Vaccination report Assam 1896-1927 - 1896-1927
Year: 1896
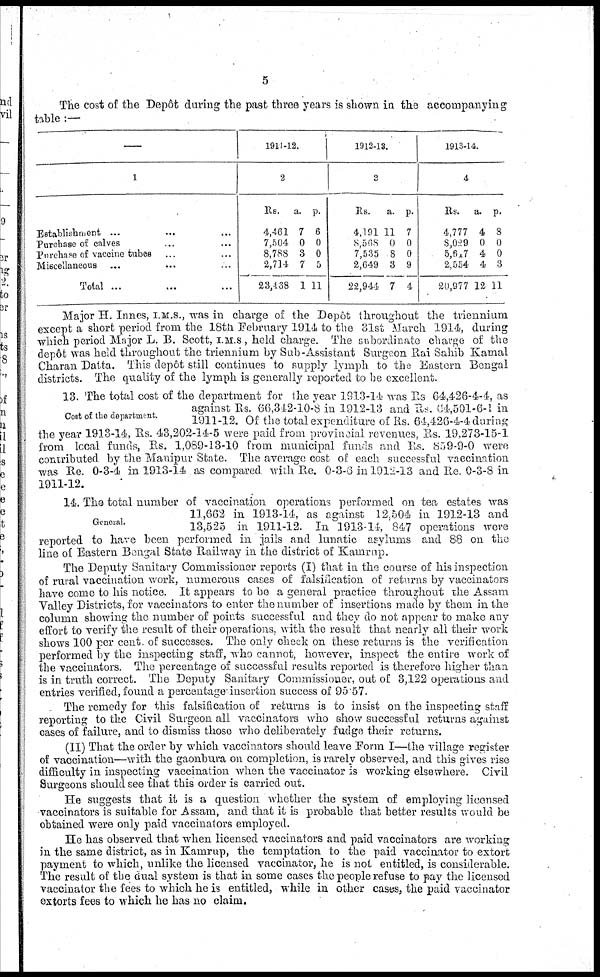
5
The cost of the Depôt during the past three years is shown in the accompanying
table :—
—
1
Establishment ...
... ...
Purchase of calves ... ...
Purchase of vaccine tubes ... ...
Miscellaneous ... ... ...
Total ... ... ...
1911-12.
2
Rs.
4,461
7,504
8,788
2,714
23,468
a.
7
0
3
7
1
p.
6
0
0
5
11
1912-13.
3
Rs.
4,191
8,568
7,535
2,649
22,944
a.
11
0
8
3
7
p.
7
0
0
9
4
1913-14.
4
Rs.
4,777
8,029
5,617
2,554
20,977
a.
4
0
4
4
12
p.
8
0
0
3
11
Major H. Innes, I.M.S., was in charge of the Depôt throughout the triennium
except a short period from the 18th February 1914 to the 31st March 1914, during
which period Major L. B. Scott, I.M.S., held charge. The subordinate charge of the
depôt was held throughout the triennium by Sub-Assistant Surgeon Rai Sahib Kamal
Charan Datta. This depôt still continues to supply lymph to the Eastern Bengal
districts. The quality of the lymph is generally reported to be excellent.
Cost of the department.
13. The total cost of the department for the year 1913-14 was Rs 64,426-4-4, as
against Rs. 66,342-10-8 in 1912-13 and Rs. 64,501-6-1 in
1911-12. Of the total expenditure of Rs. 64,426-4-4 during
the year 1913-14, Rs. 43,202-14-5 were paid from provincial revenues, Rs. 19,273-15-1
from local funds, Rs. 1,089-13-10 from municipal funds and Rs. 859-9-0 were
contributed by the Manipur State. The average cost of each successful vaccination
was Re. 0-3-4 in 1913-14 as compared with Re. 0-3-6 in 1912-13 and Re 0-3-8 in
1911-12.
General.
14. The total number of vaccination operations performed on tea estates was
11,662 in 1913-14, as against 12,504 in 1912-13 and
13,525 in 1911-12. In 1913-14, 847 operations were
reported to have been performed in jails and lunatic asylums and 88 on the
line of Eastern Bengal State Railway in the district of Kamrup.
The Deputy Sanitary Commissioner reports (I) that in the course of his inspection
of rural vaccination work, numerous cases of falsification of returns by vaccinators
have come to his notice. It appears to be a general practice throughout the Assam
Valley Districts, for vaccinators to enter the number of insertions made by them in the
column showing the number of points successful and they do not appear to make any
effort to verify the result of their operations, with the result that nearly all their work
shows 100 per cent. of successes. The only check on these returns is the verification
performed by the inspecting staff, who cannot, however, inspect the entire work of
the vaccinators. The percentage of successful results reported is therefore higher than
is in truth correct. The Deputy Sanitary Commissioner, out of 3,122 operations and
entries verified, found a percentage insertion success of 95.57.
The remedy for this falsification of returns is to insist on the inspecting staff
reporting to the Civil Surgeon all vaccinators who show successful returns against
cases of failure, and to dismiss those who deliberately fudge their returns.
(II) That the order by which vaccinators should leave Form I—the village register
of vaccination—with the gaonbura on completion, is rarely observed, and this gives rise
difficulty in inspecting vaccination when the vaccinator is working elsewhere. Civil
Surgeons should see that this order is carried out.
He suggests that it is a question whether the system of employing licensed
vaccinators is suitable for Assam, and that it is probable that better results would be
obtained were only paid vaccinators employed.
He has observed that when licensed vaccinators and paid vaccinators are working
in the same district, as in Kamrup, the temptation to the paid vaccinator to extort
payment to which, unlike the licensed vaccinator, he is not entitled, is considerable.
The result of the dual system is that in some cases the people refuse to pay the licensed
vaccinator the fees to which he is entitled, while in other cases, the paid vaccinator
extorts fees to which he has no claim.